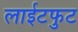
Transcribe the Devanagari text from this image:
लाईटफुट